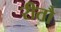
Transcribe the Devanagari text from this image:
रीतौ